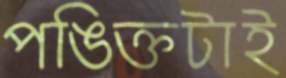
পঙিক্তটাই